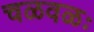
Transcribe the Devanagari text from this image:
चळवळः